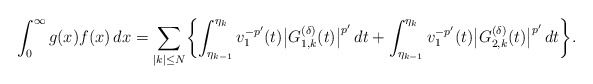
\begin{align*}\int_0^\infty g(x)f(x)\,dx=\sum_{|k|\le N}\biggl\{\int_{\eta_{k-1}}^{\eta_k}v_1^{-p'}(t)\bigl|G_{1,k}^{(\delta)}(t)\bigr|^{p'}\,dt+\int_{\eta_{k-1}}^{\eta_k}v_1^{-p'}(t)\bigl|G_{2,k}^{(\delta)}(t)\bigr|^{p'}\,dt\biggr\}. \end{align*}